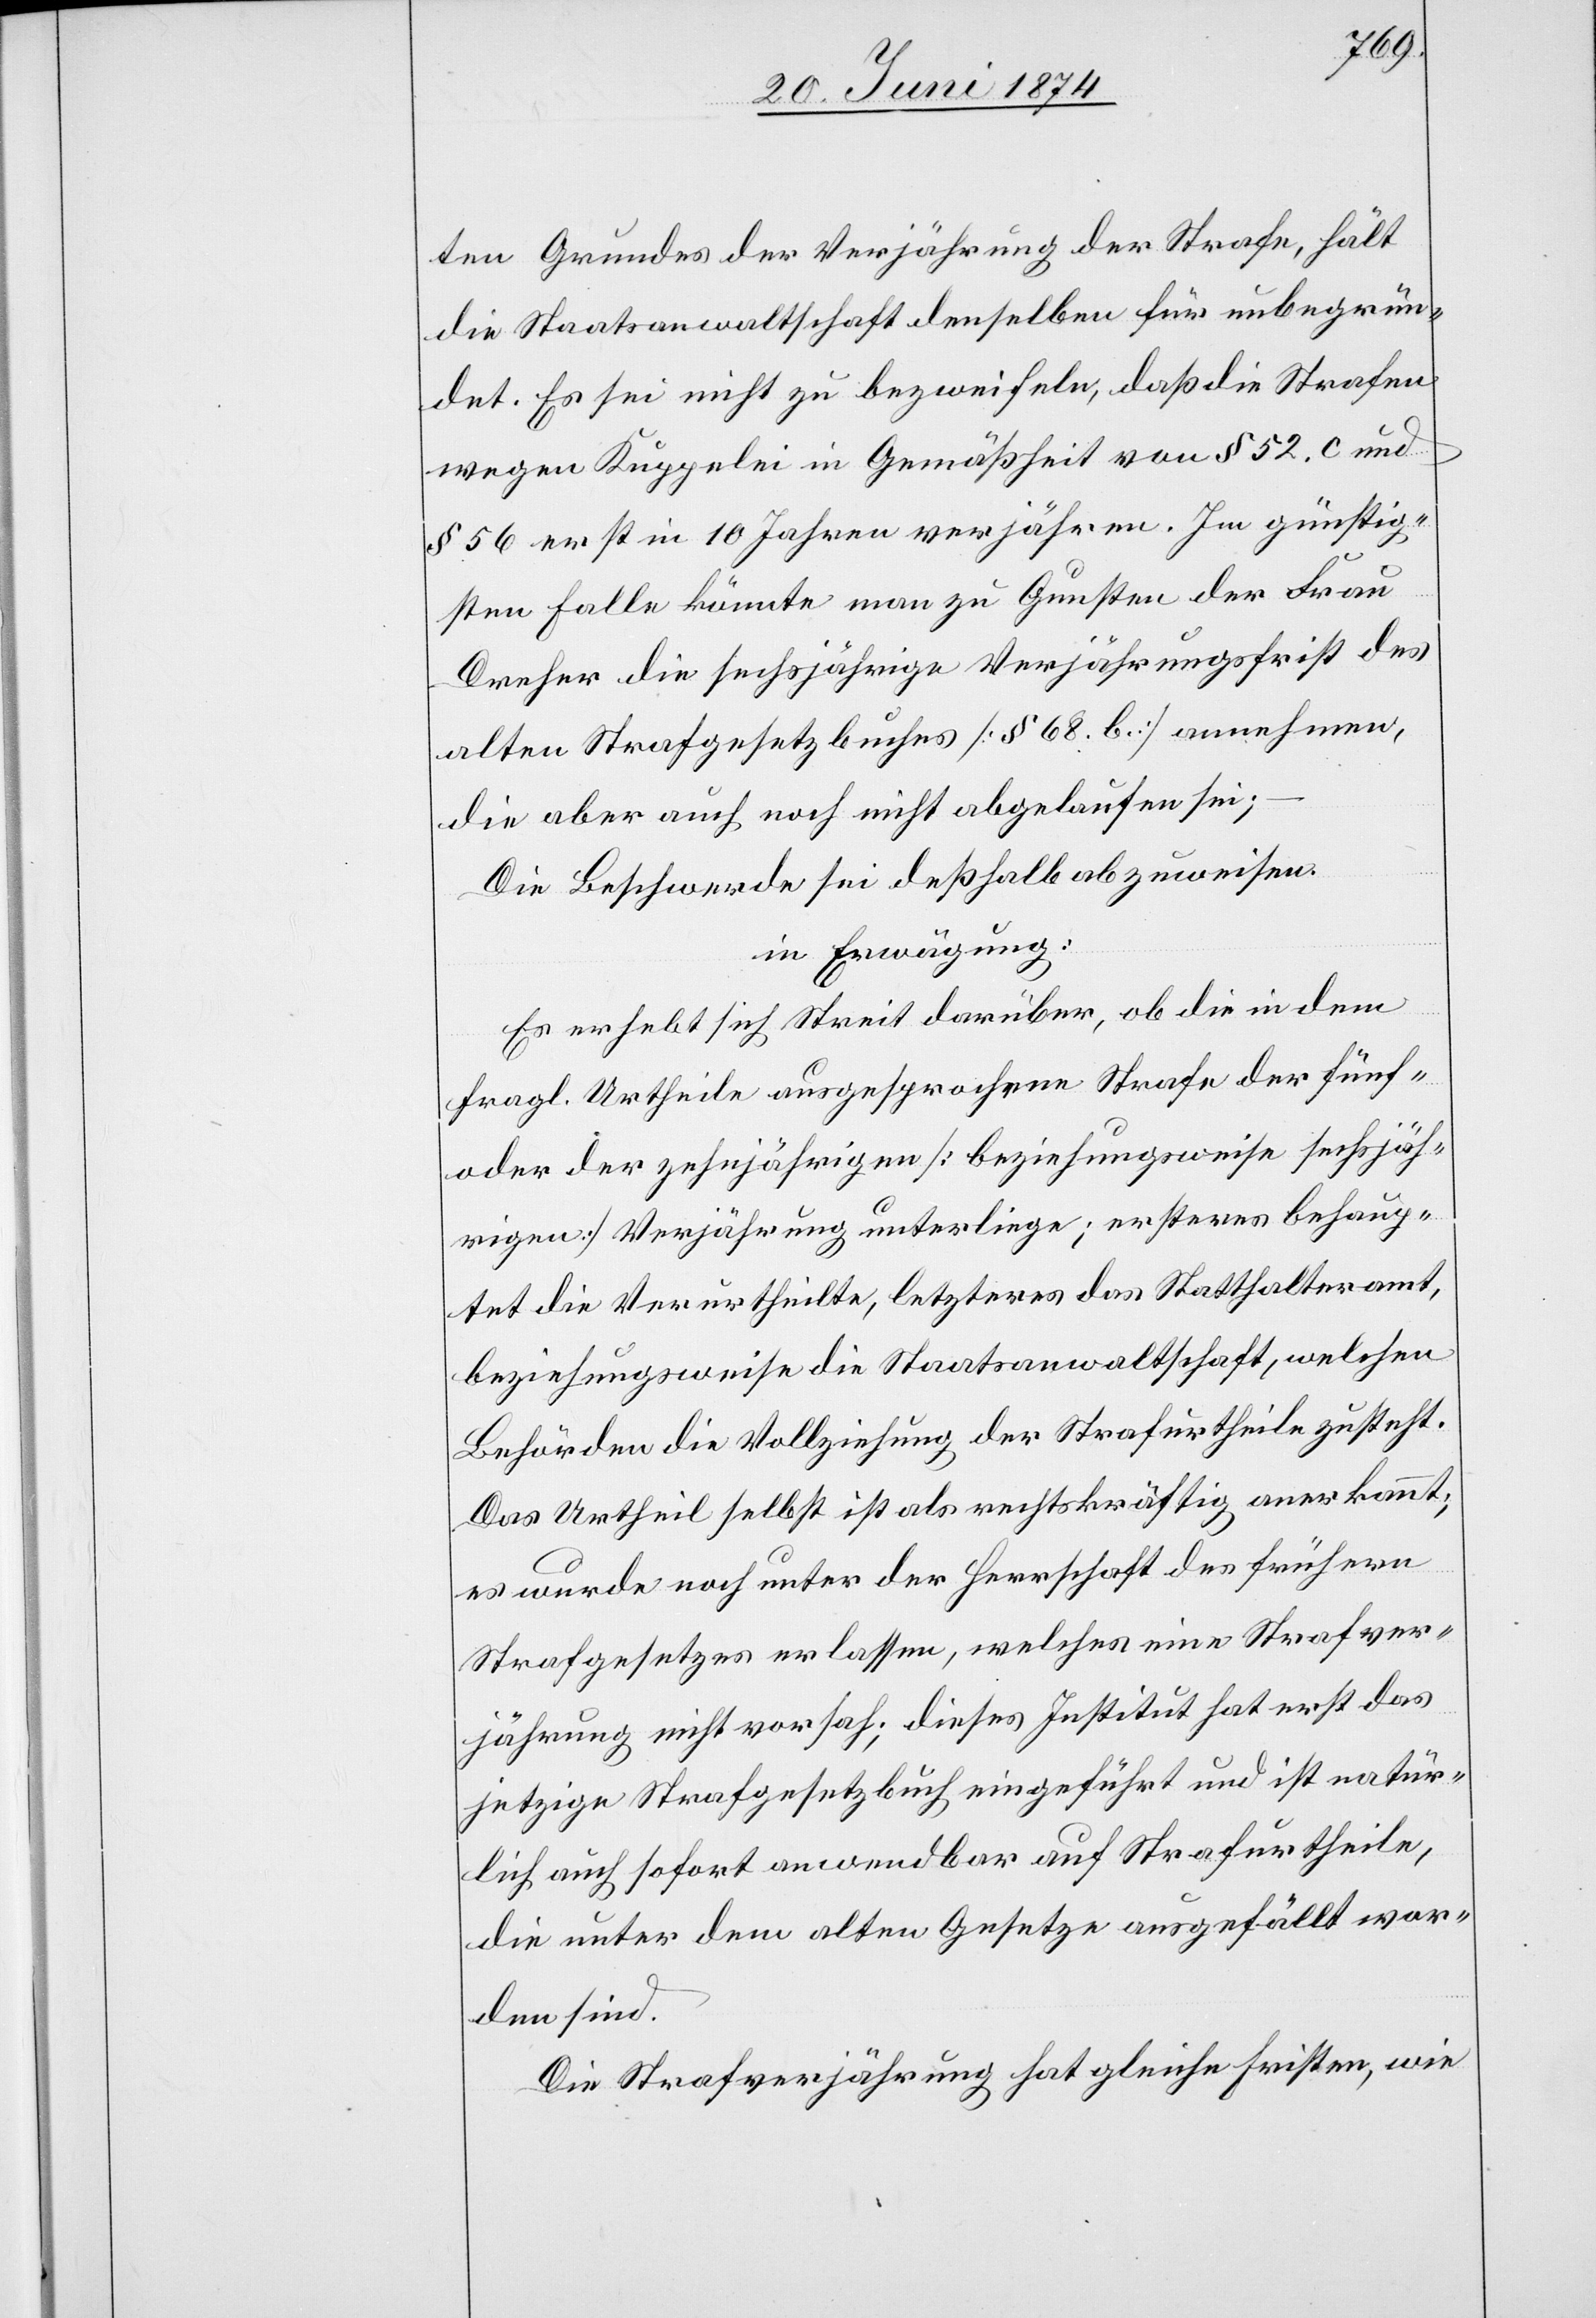
ten Grundes der Verjährung der Strafe, hält
die Staatsanwaltschaft denselben für unbegrün¬
det. Es sei nicht zu bezweifeln, daß die Strafen
wegen Kuppelei in Gemäßheit von § 52. c. und
§ 56 erst in 10 Jahren verjähren. Im günstig¬
en Falle könnte man zu Gunsten der Frau
Dreher die sechsjährige Verjährungsfrist des
alten Strafgesetzbuches [§ 68. b.] annehmen,
die aber auch noch nicht abgelaufen sei;
Die Beschwerde sei deßhalb abzuweisen.
in Erwägung:
Es erhebt sich Streit darüber, ob die in dem
fragl. Urtheile ausgesprochene Strafe der fünf-
oder der zehnjährigen [beziehungsweise sechsjäh¬
rigen] Verjährung unterliege; ersteres behaup¬
tet die Verurtheilte, letzteres das Statthalteramt,
beziehungsweise die Staatsanwaltschaft, welchen
Behörden die Vollziehung der Strafurtheile zusteht.
Das Urtheil selbst ist als rechtskräftig anerkannt;
es wurde noch unter der Herrschaft des frühern
Strafgesetzes erlassen, welches eine Strafver¬
jährung nicht vorsah; dieses Institut hat erst das
jetzige Strafgesetzbuch eingeführt und ist natür¬
lich auch sofort anwendbar auf Strafurtheile,
die unter dem alten Gesetze ausgefällt wor¬
den sind.
Die Strafverjährung hat gleiche Fristen, wie